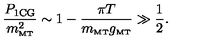
\frac { P _ { \mathrm { 1 C G } } } { m _ { \mathrm { \scriptscriptstyle { M T } } } ^ { 2 } } \sim 1 - \frac { \pi T } { m _ { \mathrm { \scriptscriptstyle { M T } } } g _ { \mathrm { \scriptscriptstyle { M T } } } } \gg \frac { 1 } { 2 } .